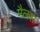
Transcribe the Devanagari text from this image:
मैलस